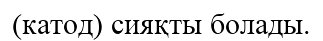
(катод) сияқты болады.